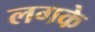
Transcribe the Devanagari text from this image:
लगके